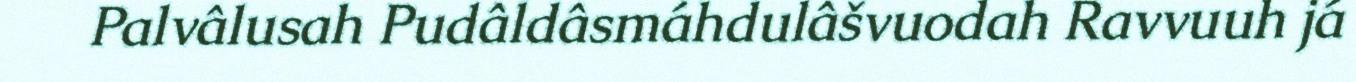
Palvâlusah Pudâldâsmáhdulâšvuodah Ravvuuh já